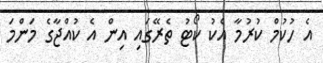
އެ ހުކުމް ކުރުމާ އެކު ކޯޓު ތެރޭގައި އިން އެ ކުއްޖާގެ މަންމަ